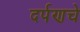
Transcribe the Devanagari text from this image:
दर्पणचे